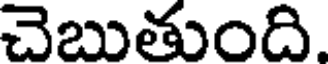
చెబుతుంది.